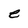
Character: e